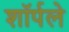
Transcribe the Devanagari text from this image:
शॉर्पले